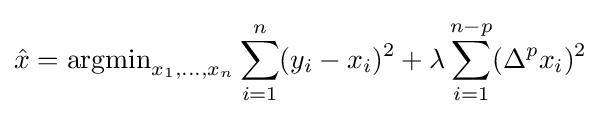
{\hat {x}}=\operatorname {argmin} _{x_{1},\ldots ,x_{n}}\sum _{i=1}^{n}(y_{i}-x_{i})^{2}+\lambda \sum _{i=1}^{n-p}(\Delta ^{p}x_{i})^{2}